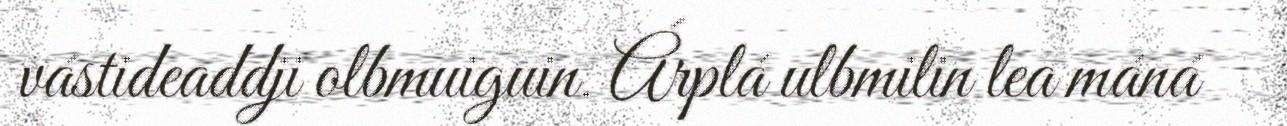
vástideaddji olbmuiguin. Árplá ulbmilin lea máná